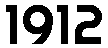
1912